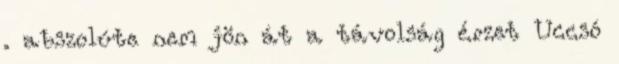
. abszolúte nem jön át a távolság érzet Uccsó